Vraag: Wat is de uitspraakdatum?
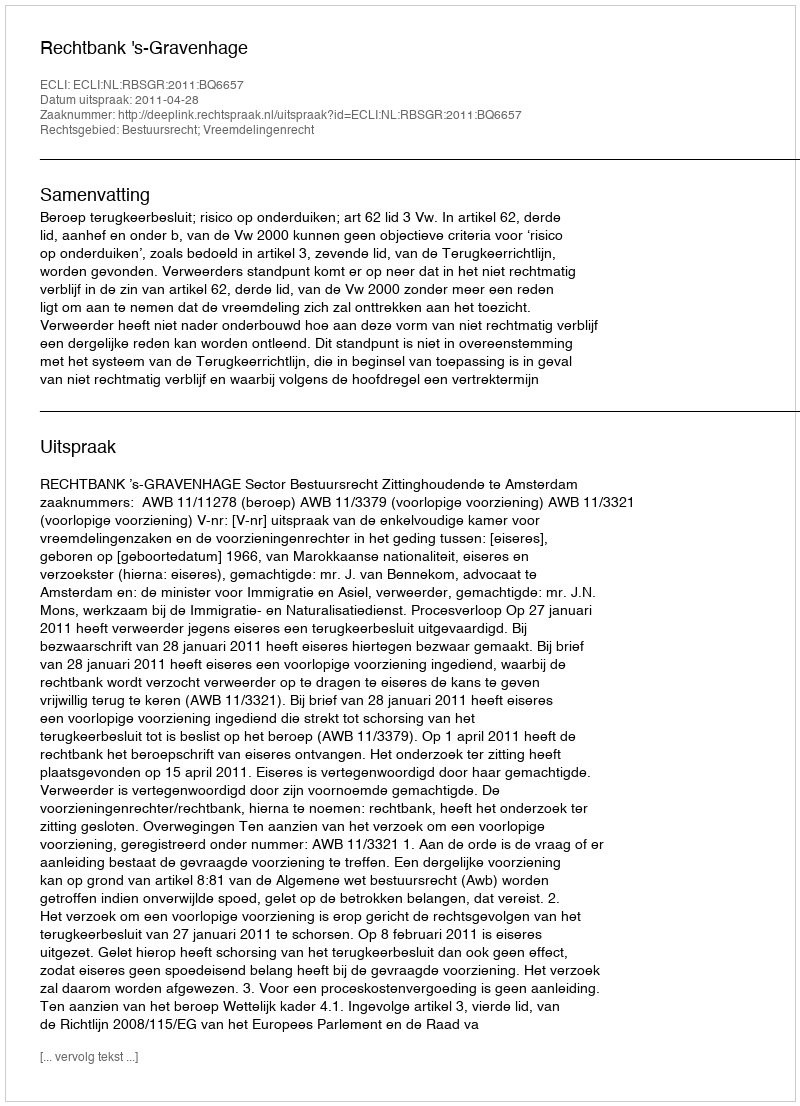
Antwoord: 2011-04-28